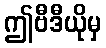
ဤဗီဒီယိုမှ